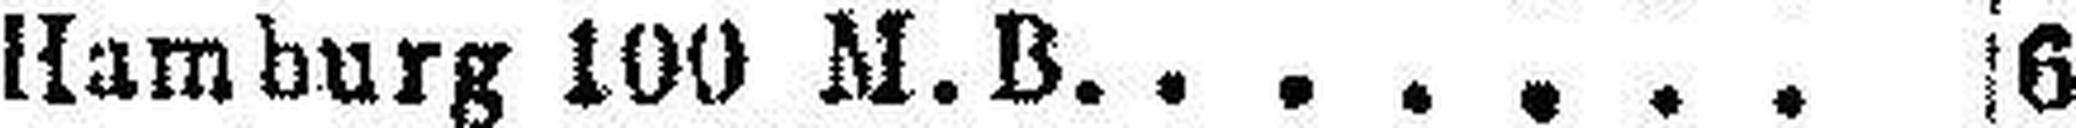
Hamburg 100 M.B. 6